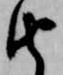
由